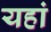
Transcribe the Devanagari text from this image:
यहां